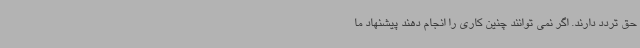
حق تردد دارند. اگر نمی توانند چنین کاری را انجام دهند پیشنهاد ما